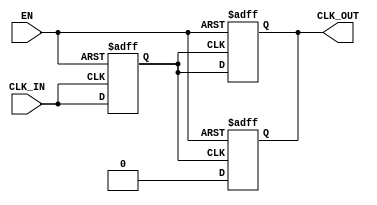
module clock_buffer (
    input wire CLK_IN,      // Input clock signal
    input wire EN,         // Enable signal
    output reg CLK_OUT      // Buffered clock output
);

// Parameters for timing
parameter real t_pd = 2.0; // Propagation delay
parameter real t_r = 0.5;  // Rise time
parameter real t_f = 0.5;  // Fall time

// Reg to hold the buffered clock state
reg CLK_IN_reg;

// Input Stage: Simple D flip-flop for debouncing (optional)
always @(posedge CLK_IN or negedge EN) begin
    if (!EN) begin
        CLK_IN_reg <= 1'b0;  // Clear register when disabled
    end else begin
        CLK_IN_reg <= CLK_IN; // Capture the input clock
    end
end

// Buffer Stage: Model the delay and output behavior
always @(posedge CLK_IN_reg or negedge EN) begin
    if (!EN) begin
        CLK_OUT <= 1'b0; // Output low when disabled
    end else begin
        // Provide output with defined propagation delay, rise and fall times
        #(t_pd) CLK_OUT <= #t_r CLK_IN_reg;
    end
end

// Handling falling edge
always @(negedge CLK_IN_reg or negedge EN) begin
    if (!EN) begin
        CLK_OUT <= 1'b0; // Output low when disabled
    end else begin
        #(t_pd) CLK_OUT <= #t_f 1'b0; // Buffer falling edge output
    end
end

endmodule